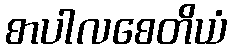
စာပါလစေတိယံ